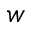
w